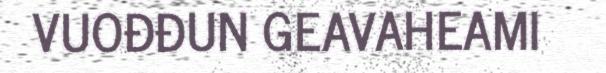
VUOĐĐUN GEAVAHEAMI